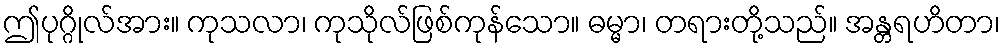
ဤပုဂ္ဂိုလ်အား။ ကုသလာ၊ ကုသိုလ်ဖြစ်ကုန်သော။ ဓမ္မာ၊ တရားတို့သည်။ အန္တရဟိတာ၊